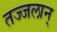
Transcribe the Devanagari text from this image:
तज्जलान्